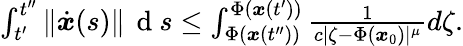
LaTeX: \begin{array}{r}{\int_{t^{\prime}}^{t^{\prime\prime}}\| \dot{{\boldsymbol x}}(s)\| \, \mathrm{~d~}s\leq\int_{\Phi({\boldsymbol x}(t^{\prime\prime}))}^{\Phi({\boldsymbol x}(t^{\prime}))}\frac{1}{c|\zeta-\Phi({\boldsymbol x}_{0})|^{\mu}}d\zeta.}\end{array}